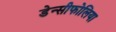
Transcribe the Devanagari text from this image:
डेन्सीफोलिया